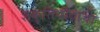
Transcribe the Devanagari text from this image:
शक्तिपीठाचा